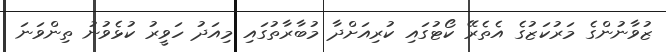
ޒުވާނުންގެ މަރުކަޒުގެ އެތެރޭ ކޯޓުގައި ކުރިއަށްދާ މުބާރާތުގައި މިއަދު ހަވީރު ކުޅެވުނު ތިންވަނަ